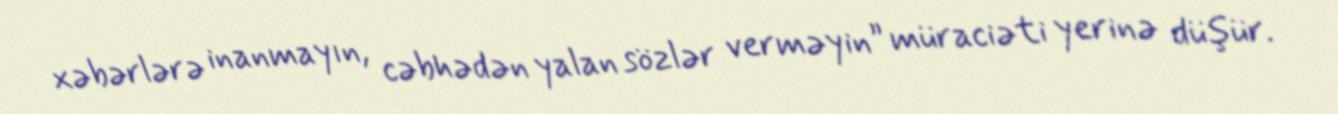
xəbərlərə inanmayın, cəbhədən yalan sözlər verməyin” müraciəti yerinə düşür.